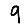
Digit: 9